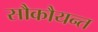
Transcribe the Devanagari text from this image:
सौकौयन्त